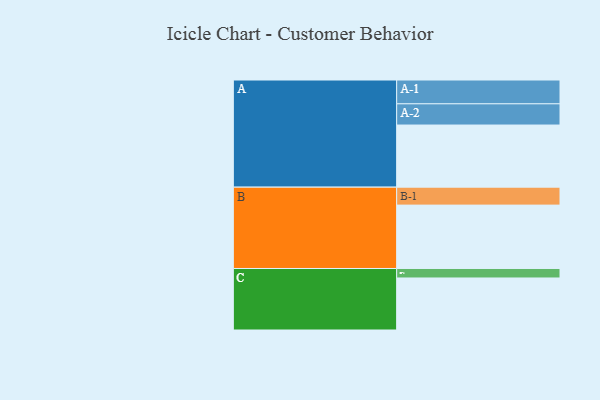
{"axis": {"x": "Segment", "y": "Value"}, "legend": ["", "A", "B", "C"], "data": [{"x": "A", "y": 498, "type": ""}, {"x": "B", "y": 508, "type": ""}, {"x": "C", "y": 417, "type": ""}, {"x": "A-1", "y": 191, "type": "A"}, {"x": "A-2", "y": 170, "type": "A"}, {"x": "B-1", "y": 144, "type": "B"}, {"x": "C-1", "y": 76, "type": "C"}]}